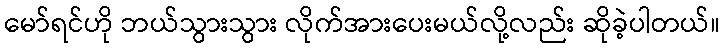
မော်ရင်ဟို ဘယ်သွားသွား လိုက်အားပေးမယ်လို့လည်း ဆိုခဲ့ပါတယ်။